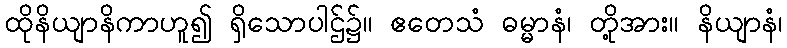
ထိုနိယျာနိကာဟူ၍ ရှိသောပါဌ်၌။ ဧတေသံ ဓမ္မာနံ၊ တို့အား။ နိယျာနံ၊